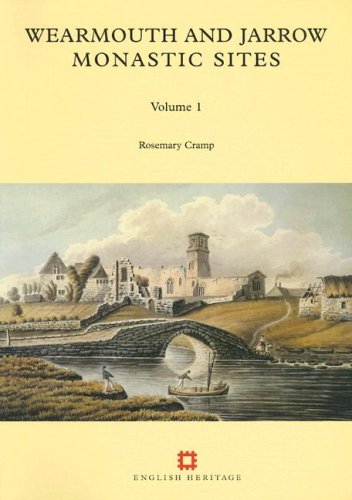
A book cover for Wearmouth and Jarrow Monastic Sites, Vol 1; Rosemary Cramp; Science & Math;